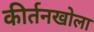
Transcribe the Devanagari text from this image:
कीर्तनखोला